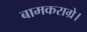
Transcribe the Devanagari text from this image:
बामकराग्रे।